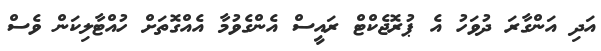
އަދި އަންގާރަ ދުވަހު އެ ޕުރޮޖެކްޓް ރައީސް އެންގެވުމާ އެއްގޮތަށް ހުއްޓާލިކަން ވެސް